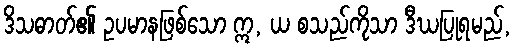
ဒိသဓာတ်၏ ဥပမာနဖြစ်သော ဣ, ယ စသည်ကိုသာ ဒီဃပြုရမည်,